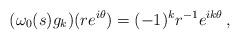
LaTeX: \begin{align*}(\omega_0(s)g_k)(re^{i\theta})=(-1)^k r^{-1}e^{ik\theta}\,,\end{align*}